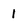
Character: I